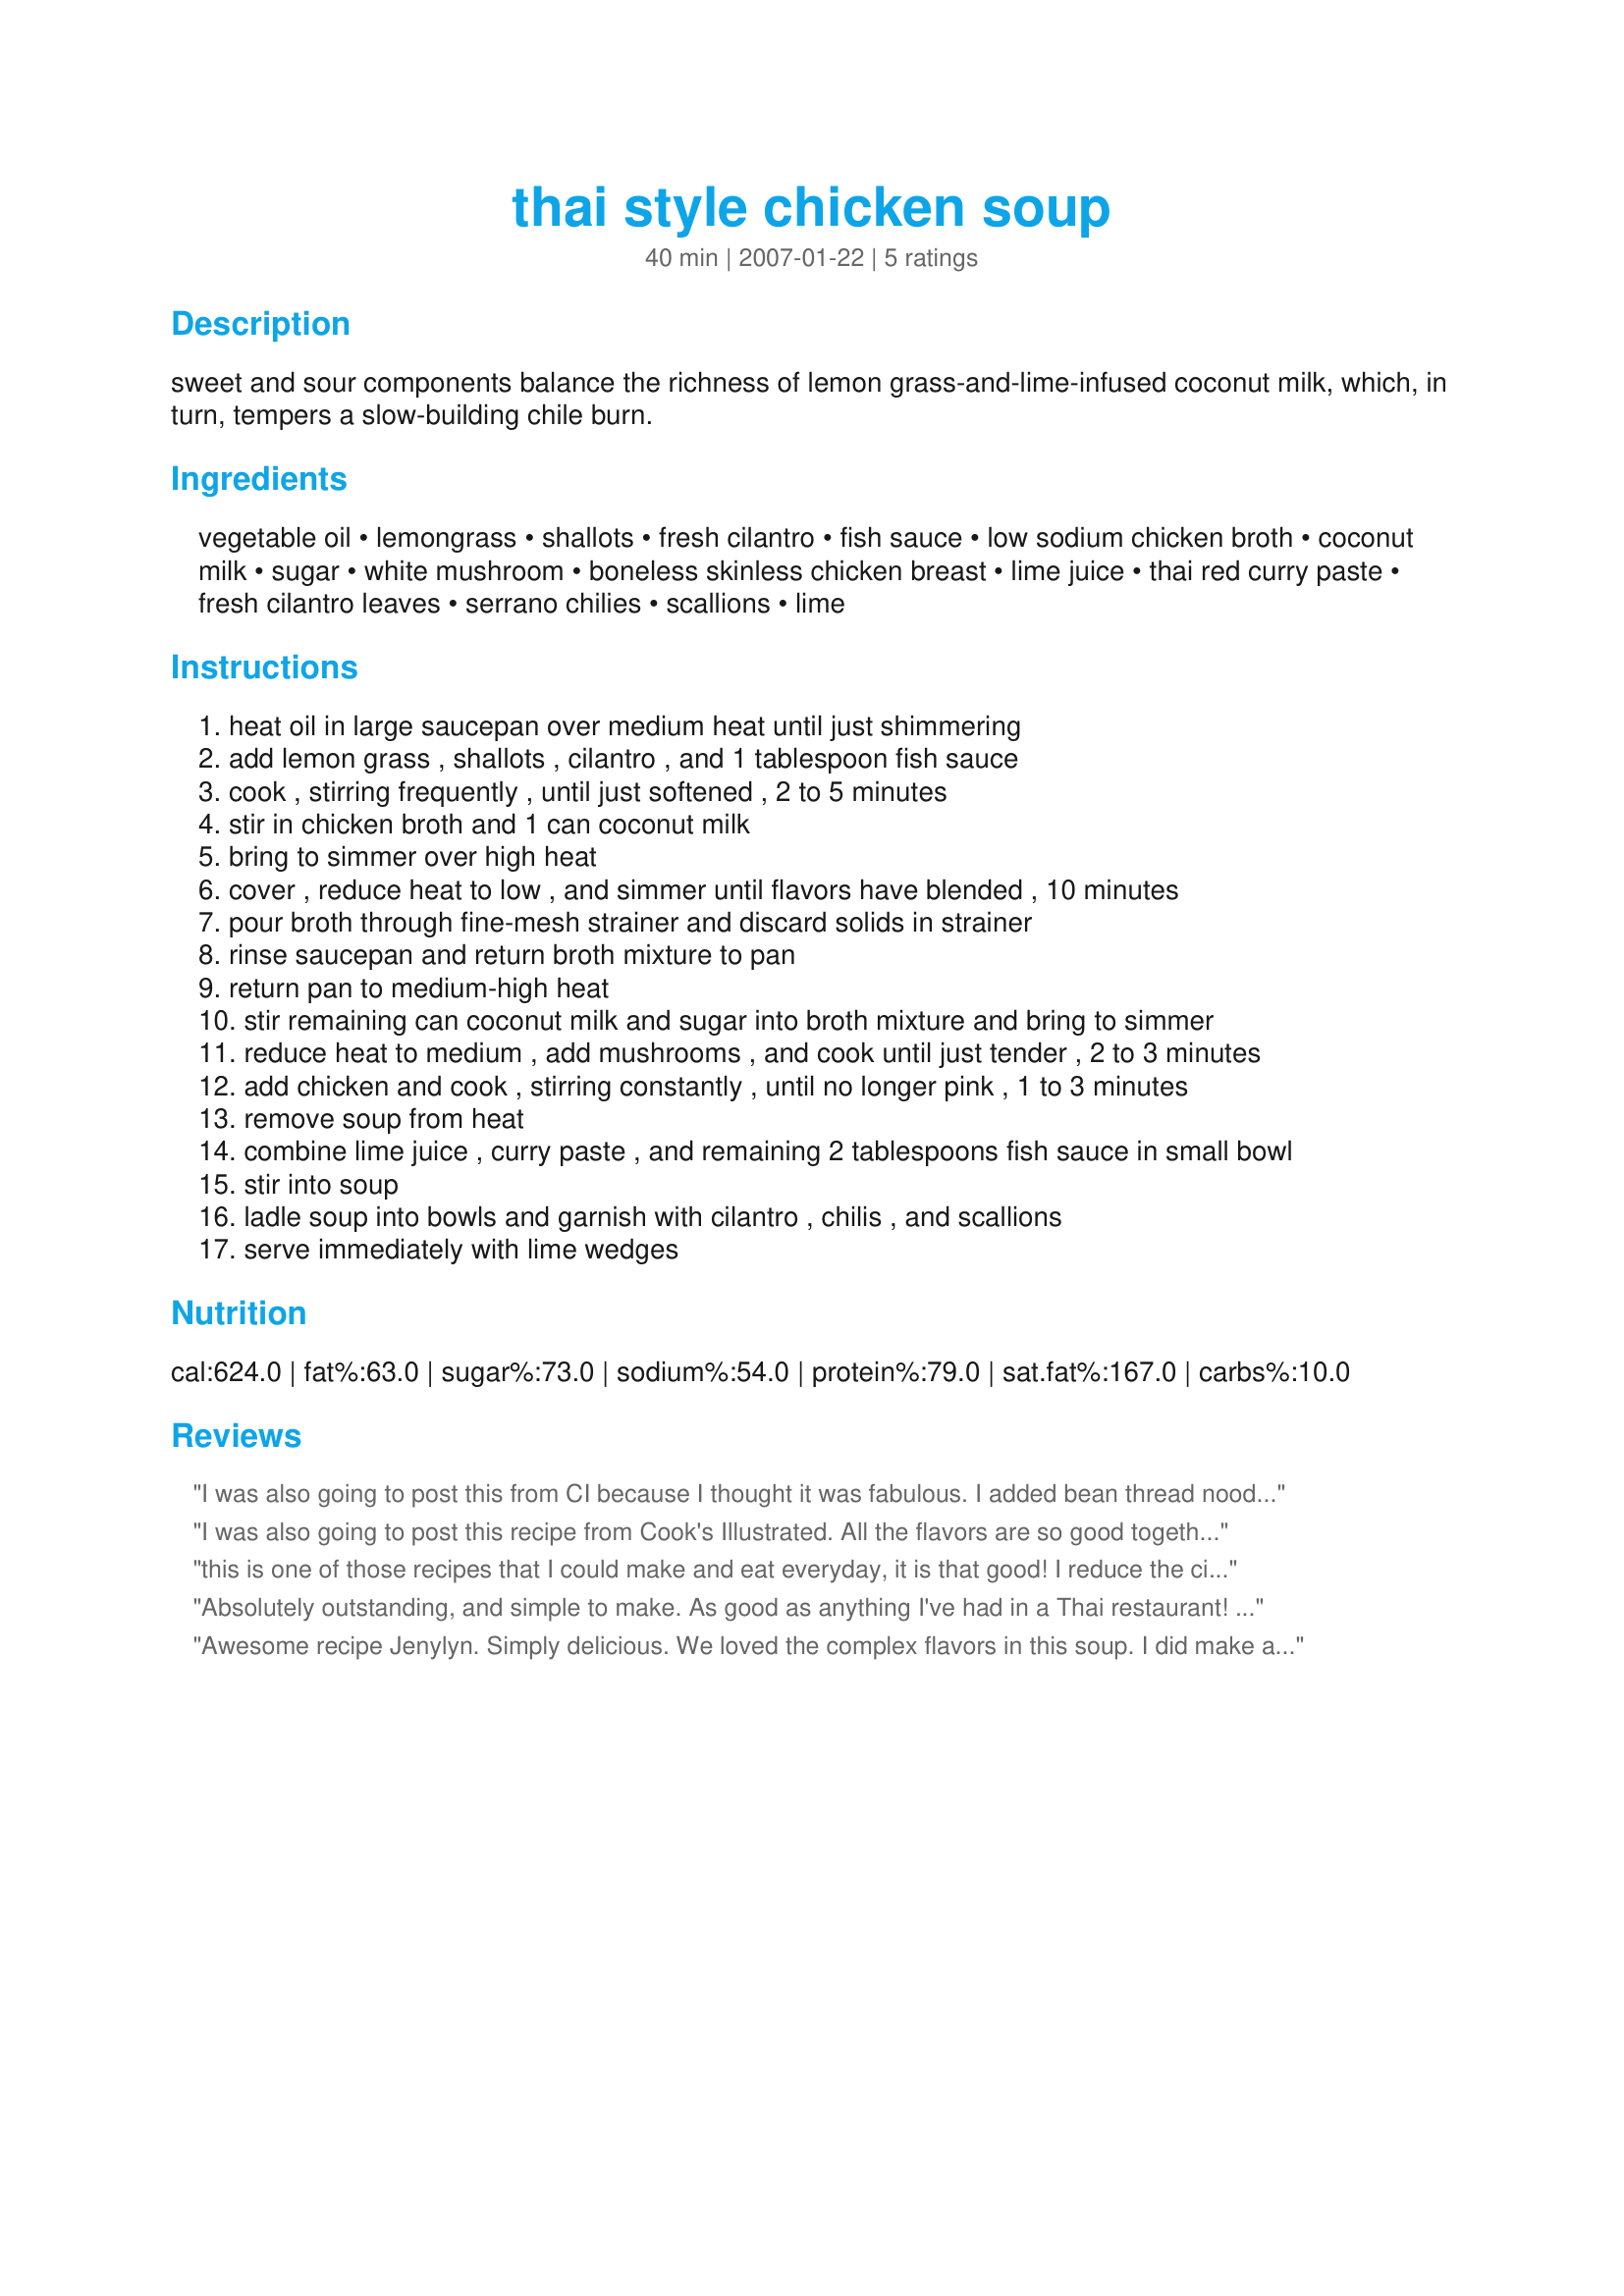
thai style chicken soup
Preparation time: 40 minutes

sweet and sour components balance the richness of lemon grass-and-lime-infused coconut milk, which, in turn, tempers a slow-building chile burn.

Ingredients:
vegetable oil, lemongrass, shallots, fresh cilantro, fish sauce, low sodium chicken broth, coconut milk, sugar, white mushroom, boneless skinless chicken breast, lime juice, thai red curry paste, fresh cilantro leaves, serrano chilies, scallions, lime

Steps:
heat oil in large saucepan over medium heat until just shimmering
add lemon grass , shallots , cilantro , and 1 tablespoon fish sauce
cook , stirring frequently , until just softened , 2 to 5 minutes
stir in chicken broth and 1 can coconut milk
bring to simmer over high heat
cover , reduce heat to low , and simmer until flavors have blended , 10 minutes
pour broth through fine-mesh strainer and discard solids in strainer
rinse saucepan and return broth mixture to pan
return pan to medium-high heat
stir remaining can coconut milk and sugar into broth mixture and bring to simmer
reduce heat to medium , add mushrooms , and cook until just tender , 2 to 3 minutes
add chicken and cook , stirring constantly , until no longer pink , 1 to 3 minutes
remove soup from heat
combine lime juice , curry paste , and remaining 2 tablespoons fish sauce in small bowl
stir into soup
ladle soup into bowls and garnish with cilantro , chilis , and scallions
serve immediately with lime wedges

Reviews:
I was also going to post this from CI because I thought it was fabulous. I added bean thread noodles at the end and it was amazing. The only thing i don't do is strain the veggies, I find it unnecessary.
You can also use pork or shrimp with this recipe (I am going to try cod tonight!) I am going to cook some rice to thrown in there too.
I was also going to post this recipe from Cook's Illustrated. All the flavors are so good together. The soup isn't really all that spicy, so if you like it hot, you could probably add more than the indicated amount of red curry paste.
this is one of those recipes that I could make and eat everyday, it is that good! I reduce the cilantro buy more than half, and sauteed 2 tablespoons fresh minced garlic with the shallot mixture and increased the red curry paste, I loved this soup and will make many times over, thanks for sharing this great recipe Mary!
Absolutely outstanding, and simple to make. As good as anything I've had in a Thai restaurant! This will go into my regular rotation
Awesome recipe Jenylyn. Simply delicious. We loved the complex flavors in this soup. I did make a few changes because we had our heart set on this and we didn't want to wait. So glad that we didn't. I made the soup as directed but with these changes boneless, skinless chicken thighs, canned mushrooms, lime leaves & juice, Gourmet lemongrass paste & cilantro paste and 3 tbsps red curry paste (personal preference). Thank you so much for sharing this treat, that I will make often. We will be finishing the leftover soup tomorrow with jumbo shrimp. Yum, can't wait.
